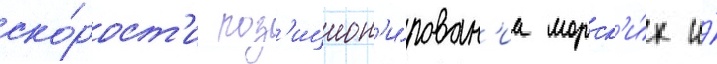
ско́рост'и поз'ицион'и́рован'иа морск'и́х и́